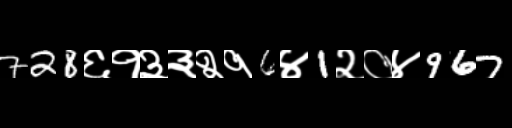
Text: 728६१३३२१6४1२०४967